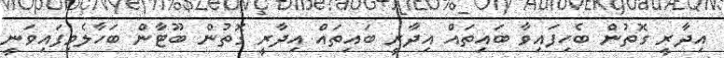
އިދާރީ ގޮތުން ބެހިފައިވާ ބައިތައް އިދާރީ ބައިތައް އިދާރީ ގޮތުން ބޫޓާން ބަހާލެވިފައިވަނީ